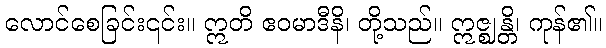
လောင်စေခြင်း၎င်း။ ဣတိ ဧဝမာဒီနိ၊ တို့သည်။ ဣဇ္ဈန္တိ၊ ကုန်၏။